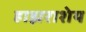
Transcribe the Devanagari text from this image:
हाझराशेय